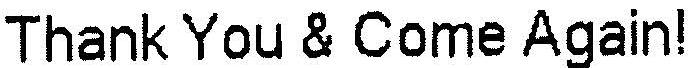
THANK YOU & COME AGAIN!